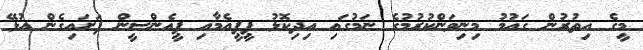
މީގެ އިތުރުން ގައުމު މިނިވަންކުރުމުގެ ނަމުގައި އިދިކޮޅު ޕީޕީއެމާއި ޕީއެންސީން ފަށައިގެން އުޅޭ